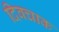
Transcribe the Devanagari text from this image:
दिवचाक